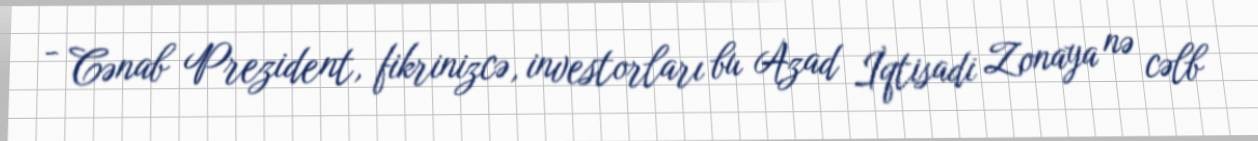
- Cənab Prezident, fikrinizcə, investorları bu Azad İqtisadi Zonaya nə cəlb